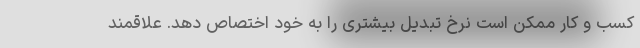
کسب و کار ممکن است نرخ تبدیل بیشتری را به خود اختصاص دهد. علاقمند